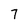
Character: 7